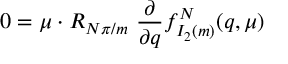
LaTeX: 0 = \mu \cdot R _ { { N \pi } / m } \ { \frac { \partial } { \partial q } } f _ { I _ { 2 } ( m ) } ^ { N } ( q , \mu )